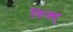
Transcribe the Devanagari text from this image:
फ़िक़्ह्